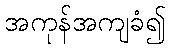
အကုန်အကျခံ၍